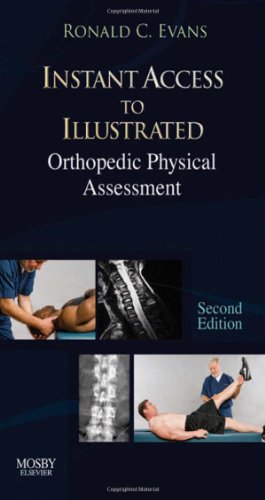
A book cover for Instant Access to Orthopedic Physical Assessment, 2e; Ronald C. Evans DC  FACO  FICC; Medical Books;